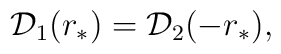
{\cal D}_{1} (r_*) =    {\cal D}_{2} (- r_*),